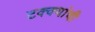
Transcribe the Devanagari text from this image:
टक्क्यांची